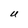
Character: U